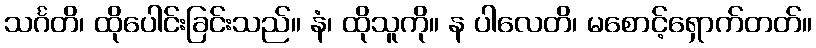
သင်္ဂတိ၊ ထိုပေါင်းခြင်းသည်။ နံ၊ ထိုသူကို။ န ပါလေတိ၊ မစောင့်ရှောက်တတ်။